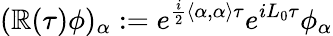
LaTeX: (\mathbb{R}(\tau)\phi)_{\alpha}:=e^{\frac{{i}}{{2}}\left\langle\alpha,\alpha\right\rangle\tau}e^{iL_{0}\tau}\phi_{\alpha}